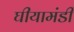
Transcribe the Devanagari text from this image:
घीयामंडी